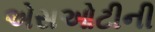
એસઓટીની